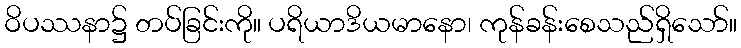
ဝိပဿနာ၌ တပ်ခြင်းကို။ ပရိယာဒိယမာနော၊ ကုန်ခန်းစေသည်ရှိသော်။